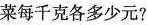
菜每千克各多少元？